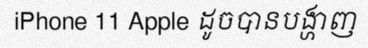
iPhone 11 Apple ដូចបានបង្ហាញ